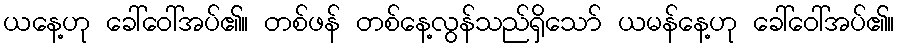
ယနေ့ဟု ခေါ်ဝေါ်အပ်၏။ တစ်ဖန် တစ်နေ့လွန်သည်ရှိသော် ယမန်နေ့ဟု ခေါ်ဝေါ်အပ်၏။